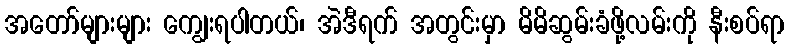
အတော်များများ ကျွေးရပါတယ်၊ အဲဒီရက် အတွင်းမှာ မိမိဆွမ်းခံဖို့လမ်းကို နီးစပ်ရာ